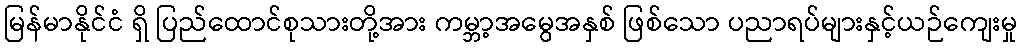
မြန်မာနိုင်ငံ ရှိ ပြည်ထောင်စုသားတို့အား ကမ္ဘာ့အမွေအနှစ် ဖြစ်သော ပညာရပ်များနှင့်ယဉ်ကျေးမှု